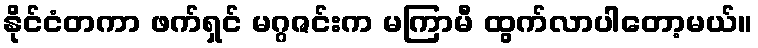
နိုင်ငံတကာ ဖက်ရှင် မဂ္ဂဇင်းက မကြာမီ ထွက်လာပါတော့မယ်။